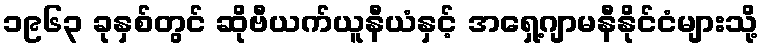
၁၉၆၃ ခုနှစ်တွင် ဆိုဗီယက်ယူနီယံနှင့် အရှေ့ဂျာမနီနိုင်ငံများသို့